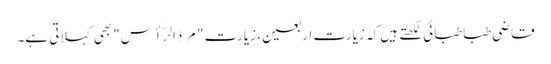
قاضی طباطبائی لکھتے ہیں کہ زیارت اربعین، زیارت "مَرَدّ الرَّأس" بھی کہلاتی ہے۔